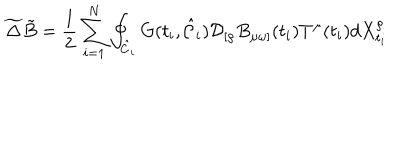
\widetilde { \Delta } { \tilde { B } } = \frac { 1 } { 2 } \sum _ { i = 1 } ^ { N } \oint _ { { \hat { \cal { C } } } _ { i } } G ( t _ { i } , { \hat { \cal { C } } } _ { i } ) { \cal D } _ { [ \rho } B _ { \mu \omega ] } ( t _ { i } ) T ^ { \mu } ( t _ { i } ) d { X _ { t _ { i } } ^ { \rho } }